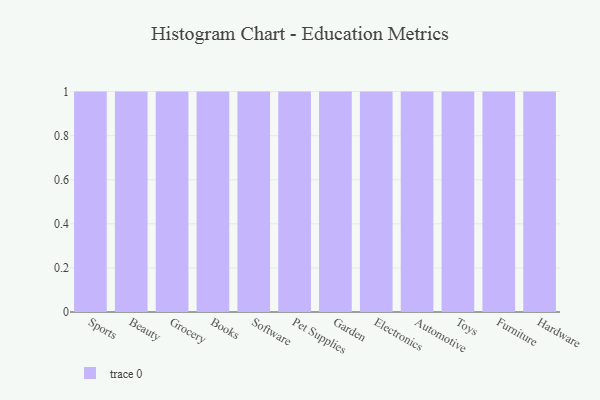
{"axis": {"x": "Category", "y": "Humidity (%)"}, "legend": [""], "data": [{"x": "Sports", "y": 48, "type": ""}, {"x": "Beauty", "y": 73, "type": ""}, {"x": "Grocery", "y": 95, "type": ""}, {"x": "Books", "y": 52, "type": ""}, {"x": "Software", "y": 54, "type": ""}, {"x": "Pet Supplies", "y": 32, "type": ""}, {"x": "Garden", "y": 54, "type": ""}, {"x": "Electronics", "y": 19, "type": ""}, {"x": "Automotive", "y": 14, "type": ""}, {"x": "Toys", "y": 2, "type": ""}, {"x": "Furniture", "y": 98, "type": ""}, {"x": "Hardware", "y": 6, "type": ""}]}